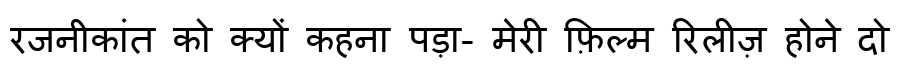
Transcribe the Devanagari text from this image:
रजनीकांत को क्यों कहना पड़ा- मेरी फ़िल्म रिलीज़ होने दो